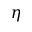
\eta